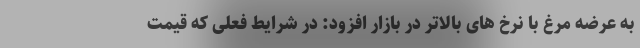
به عرضه مرغ با نرخ های بالاتر در بازار افزود: در شرایط فعلی که قیمت